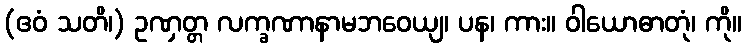
(ဧဝံ သတိ၊) ဥဏှတ္တ လက္ခဏာနာမဘဝေယျ၊ ပန၊ ကား။ ဝါယောဓာတုံ၊ ကို။